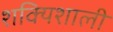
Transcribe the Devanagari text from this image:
शक्यिशाली